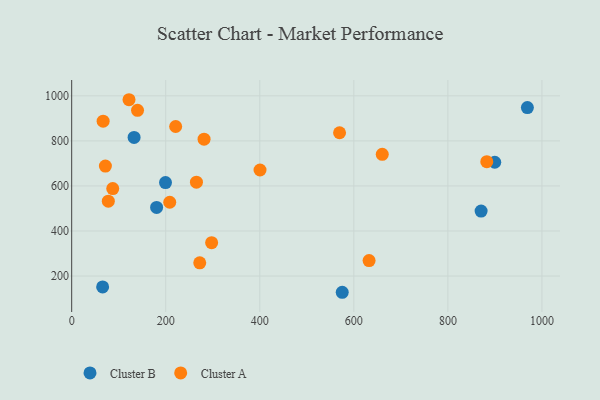
{"axis": {"x": "Engine Size", "y": "Sales"}, "legend": ["Cluster A", "Cluster B"], "data": [{"x": "199.5", "y": 614.8, "type": "Cluster B"}, {"x": "899.6", "y": 705.1, "type": "Cluster B"}, {"x": "575.3", "y": 128.0, "type": "Cluster B"}, {"x": "870.6", "y": 488.6, "type": "Cluster B"}, {"x": "969.0", "y": 947.8, "type": "Cluster B"}, {"x": "65.8", "y": 151.7, "type": "Cluster B"}, {"x": "180.6", "y": 504.5, "type": "Cluster B"}, {"x": "132.7", "y": 815.2, "type": "Cluster B"}, {"x": "281.5", "y": 807.8, "type": "Cluster A"}, {"x": "297.6", "y": 348.0, "type": "Cluster A"}, {"x": "71.7", "y": 688.2, "type": "Cluster A"}, {"x": "121.9", "y": 982.7, "type": "Cluster A"}, {"x": "400.5", "y": 670.8, "type": "Cluster A"}, {"x": "221.1", "y": 863.8, "type": "Cluster A"}, {"x": "66.9", "y": 887.5, "type": "Cluster A"}, {"x": "660.4", "y": 740.3, "type": "Cluster A"}, {"x": "87.3", "y": 588.2, "type": "Cluster A"}, {"x": "208.5", "y": 527.7, "type": "Cluster A"}, {"x": "140.0", "y": 935.7, "type": "Cluster A"}, {"x": "569.6", "y": 836.0, "type": "Cluster A"}, {"x": "265.3", "y": 616.5, "type": "Cluster A"}, {"x": "882.7", "y": 707.7, "type": "Cluster A"}, {"x": "632.4", "y": 268.7, "type": "Cluster A"}, {"x": "77.9", "y": 532.2, "type": "Cluster A"}, {"x": "272.3", "y": 258.6, "type": "Cluster A"}]}